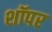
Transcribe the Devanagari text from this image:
शॉपर